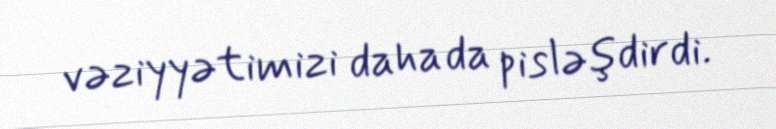
vəziyyətimizi daha da pisləşdirdi.